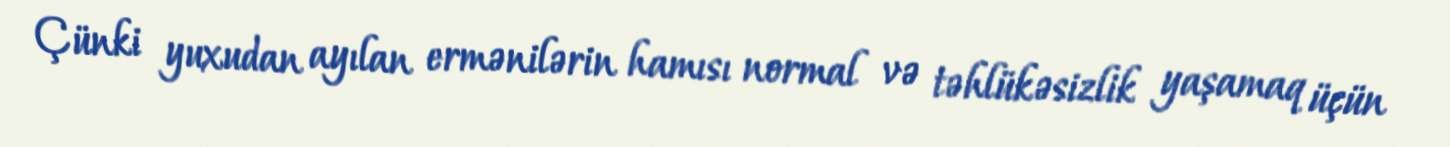
Çünki yuxudan ayılan ermənilərin hamısı normal və təhlükəsizlik yaşamaq üçün